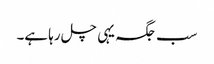
سب جگہ یہی چل رہا ہے۔